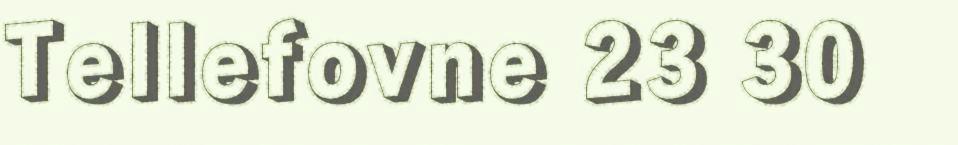
Tellefovne 23 30